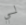
لي